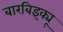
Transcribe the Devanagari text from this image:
बारबिइक्यू